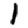
Digit: 1